Leaving Certificate Examination (including Day School Certificate (Higher) General paper), 1939
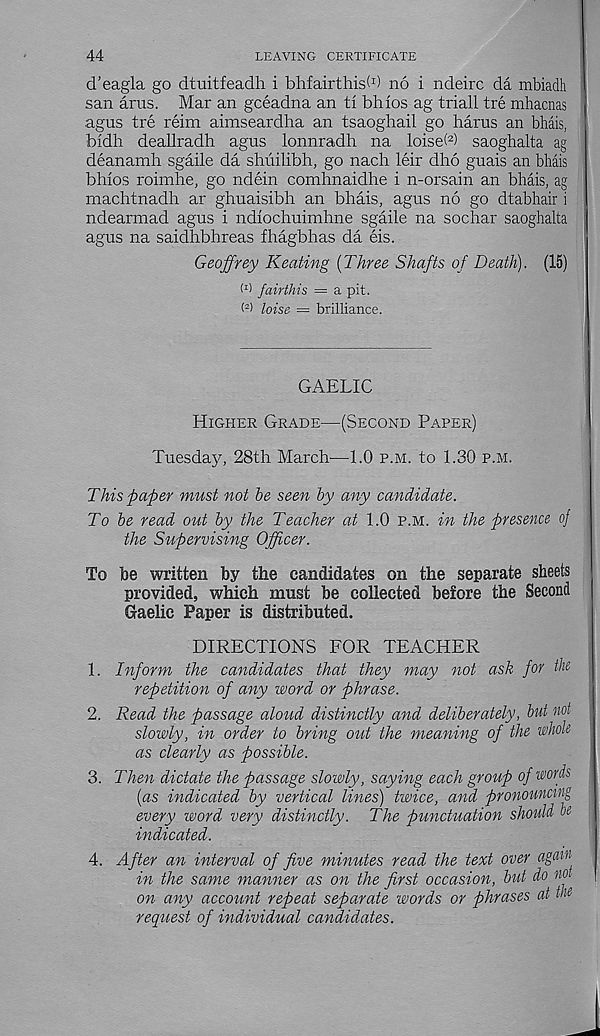
44
LEAVING CERTIFICATE
d’eagla go dtuitfeadh i bhfairthisW no i ndeirc da mbiadh
san arus. Mar an gceadna an tl bhios ag triall tre mhacnas j
agus tre reim aimseardha an tsaoghail go barns an bhais, j
bidh deallradh agus lonnradh na loiset 2 ) saoghalta ag
deanamh sgaile da shuilibh, go nach leir dho guais an bhais
bhios roimhe, go ndein comhnaidhe i n-orsain an bhais, ag
machtnadh ar ghuaisibh an bhais, agus no go dtabhair i
ndearmad agus i ndiochuimhne sgaile na sochar saoghalta
agus na saidhbhreas fhagbhas da eis.
Geoffrey Keating {Three Shafts of Death). (15)
M fairthis = a pit.
loise = brilliance.
GAELIC
Higher Grade—(Second Paper)
Tuesday, 28th March'—1.0 p.m. to 1.30 p.m.
This paper must not he seen by any candidate.
To he read out by the Teacher at 1.0 p.m. in the presence oj
the Supervising Officer.
To be written by the candidates on the separate sheets
provided, which must be collected before the Second
Gaelic Paper is distributed.
DIRECTIONS FOR TEACHER
1. Inform the candidates that they may not ask for the
repetition of any word or phrase.
2. Read the passage aloud distinctly and deliberately, but not
slowly, in order to bring out the meaning of the whole
as clearly as possible.
3. Then dictate the passage slowly, saying each group of words
{as indicated by vertical lines) twice, and pronouncing
every word very distinctly. The punctuation should be
indicated.
4. After an interval of five minutes read the text over agcun
in the same manner as on the first occasion, but do not
on any account repeat separate words or phrases at tlie
request of individual candidates.